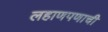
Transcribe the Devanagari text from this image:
लहाणपणाची